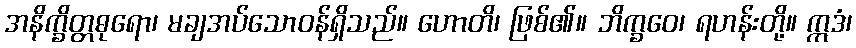
အနိက္ခိတ္တဓုရော၊ မချအပ်သောဝန်ရှိသည်။ ဟောတိ၊ ဖြစ်၏။ ဘိက္ခဝေ၊ ရဟန်းတို့။ ဣဒံ၊